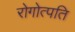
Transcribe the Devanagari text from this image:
रोगोत्पति